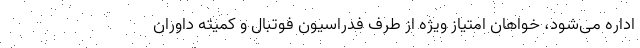
اداره می‌شود، خواهان امتیاز ویژه از طرف فدراسیون فوتبال و کمیته داوران